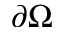
\partial \Omega